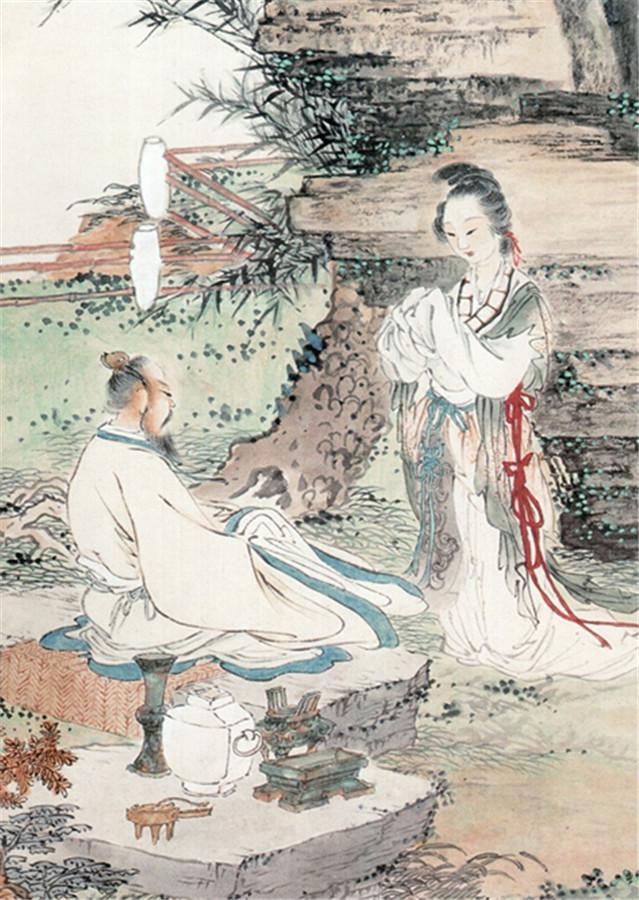
雪暗凋旗画，风多杂鼓声。